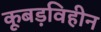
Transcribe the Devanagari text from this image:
कूबड़विहीन